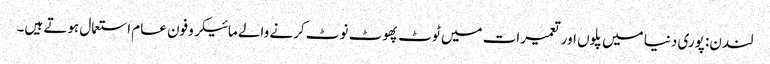
لندن: پوری دنیا میں پلوں اور تعمیرات میں ٹوٹ پھوٹ نوٹ کرنے والے مائیکروفون عام استعمال ہوتے ہیں۔